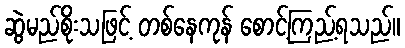
ဆွဲမည်စိုးသဖြင့် တစ်နေကုန် စောင့်ကြည့်ရသည်။